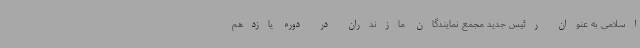
اسلامی به عنوان رئیس جدید مجمع نمایندگان مازندران در دوره یازدهم